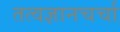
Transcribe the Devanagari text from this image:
तत्वज्ञानचर्चा